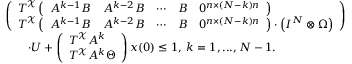
\begin{array} { r l } & { \left( \begin{array} { l } { T ^ { \mathcal { X } } \left( \begin{array} { l l l l l } { A ^ { k - 1 } B } & { A ^ { k - 2 } B } & { \cdots } & { B } & { 0 ^ { n \times ( N - k ) n } } \end{array} \right) } \\ { T ^ { \mathcal { X } } \left( \begin{array} { l l l l l } { A ^ { k - 1 } B } & { A ^ { k - 2 } B } & { \cdots } & { B } & { 0 ^ { n \times ( N - k ) n } } \end{array} \right) \cdot \left( I ^ { N } \otimes \Omega \right) } \end{array} \right) } \\ & { \quad \quad \cdot U + \left( \begin{array} { l } { T ^ { \mathcal { X } } A ^ { k } } \\ { T ^ { \mathcal { X } } A ^ { k } \Theta } \end{array} \right) x ( 0 ) \leq 1 , \: k = 1 , . . . , N - 1 . } \end{array}